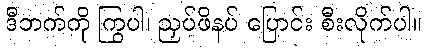
ဒီဘက်ကို ကြွပါ၊ ညှပ်ဖိနပ် ပြောင်း စီးလိုက်ပါ။